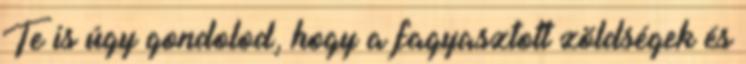
Te is úgy gondolod, hogy a fagyasztott zöldségek és